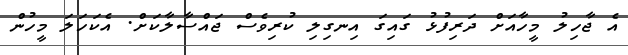
އެ ޖާހިލު މީހާއަށް ދަރިފުޅު ގައިގަ އިނގިލި ކުރިވެސް ޖައްސާލާކަށް. އެކަހަލަ މީހުން